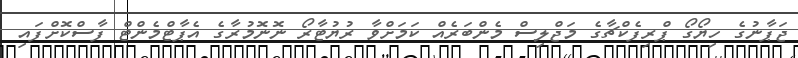
ޖަޕާނުގެ ހިޔޯގޯ ޕްރިފެކްޗާގެ މަޖްލިސް މެންބަރެއް ކަމަށްވާ ރުޔުޓާރޯ ނޮނޮމުރާގެ އެޕާޓްމެންޓް ފާސްކޮށްފައި